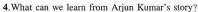
4. What can we learn from Arjun Kumar's story?